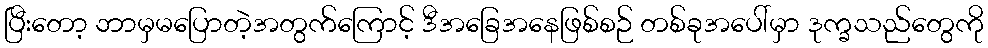
ပြီးတော့ ဘာမှမပြောတဲ့အတွက်ကြောင့် ဒီအခြေအနေဖြစ်စဉ် တစ်ခုအပေါ်မှာ ဒုက္ခသည်တွေကို